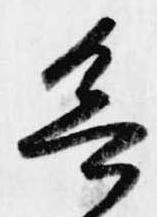
欲